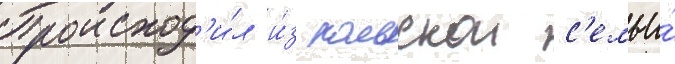
Происход'и́л и́з польскои с'емьи́